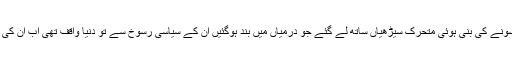
اور جہاز سے اترنے کے لئے سونے کی بنی ہوئی متحرک سیڑھیاں ساتھ لے گئے جو درمیاں میں بند ہوگئیں ان کے سیاسی رسوخ سے تو دنیا واقف تھی اب ان کی دولت کی دھاک بھی ختم ہوگئی۔